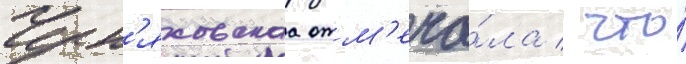
Черн'яховскаа отм'еча́ла / что́